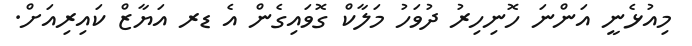
މިއުޅެނީ އަންނަ ހޮނިހިރު ދުވަހު މަލާކް ގޮވައިގެން އެ ޑރ އަޔާޒް ކައިރިއަށް.